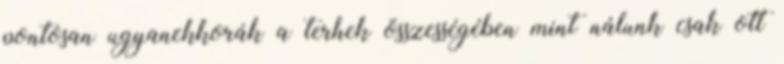
pontosan ugyanekkorák a terhek összességében mint nálunk csak ott